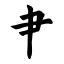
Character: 肀